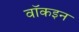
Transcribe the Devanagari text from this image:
वॉकइन